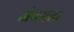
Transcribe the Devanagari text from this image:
अंपगत्व